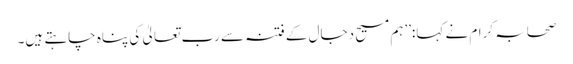
صحابہ کرام نے کہا:’’ہم مسیح دجال کے فتنہ سے رب تعالیٰ کی پناہ چاہتے ہیں۔